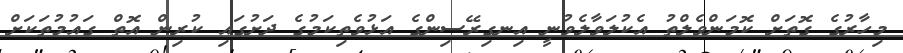
މިހާރުގެ ގޮތަށް ކޮމަންވެލްތު އެކުލަވާލެވުނީ އިނގިރޭސިންގެ އަޅުވެތިކަމުގެ ދަށުގައި ކުރިން އޮތް ގައުމުތަކަށް